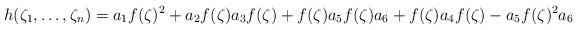
LaTeX: \begin{align*} h(\mathcal{\zeta}_1,\ldots,\mathcal{\zeta}_n) = a_1f(\zeta)^2 +a_2f(\zeta)a_3f(\zeta)+f(\zeta)a_5f(\zeta)a_6+f(\zeta)a_4f(\zeta)-a_5f(\zeta)^2a_6\end{align*}